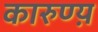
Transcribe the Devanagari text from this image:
कारुण्य़